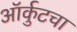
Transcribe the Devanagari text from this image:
ऑर्कुटचा